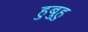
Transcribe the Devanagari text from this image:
हुबुहु